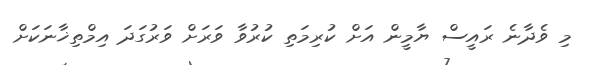
މި ވެދާނެ ރައީސް ޔާމީން އަށް ކުރިމަތި ކުރުވާ ވަރަށް ވަރުގަދަ އިމްތިޚާނަކަށް